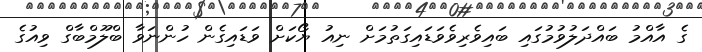
ގެ އާއްމު ބައްދަލުވުމުގައި ބައިވެރިވެވަޑައިގަތުމަށް ނިއު ޔޯކަށް ވަޑައިގެން ހުންނަވާ ބްލޫމްބާގް ވިއުގެ